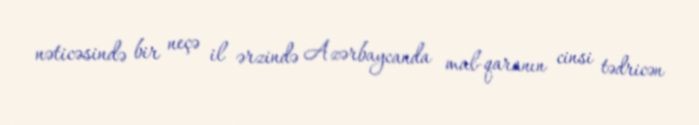
nəticəsində bir neçə il ərzində Azərbaycanda mal-qaranın cinsi tədricən